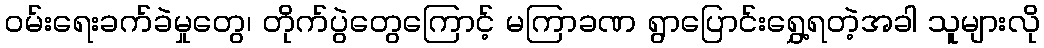
ဝမ်းရေးခက်ခဲမှုတွေ၊ တိုက်ပွဲတွေကြောင့် မကြာခဏ ရွာပြောင်းရွှေ့ရတဲ့အခါ သူများလို